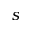
s